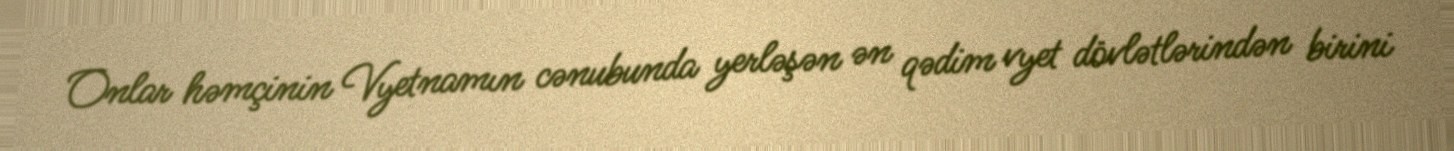
Onlar həmçinin Vyetnamın cənubunda yerləşən ən qədim vyet dövlətlərindən birini